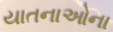
યાતનાઓના